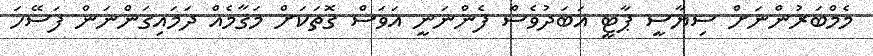
މެމްބަރުންނަށް ސިޔާސީ ޕާޓީ އަބަދުވެސް ފެންނަނީ އަވަސް ގޮތަކަށް މަޤާމެއް ދަމައިގަންނަން ފަސޭހަ